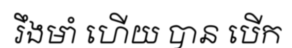
រឹងមាំ ហើយ បាន បើក